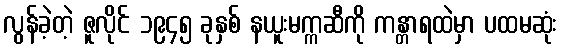
လွန်ခဲ့တဲ့ ဇူလိုင် ၁၉၄၅ ခုနှစ် နယူးမက္ကဆီကို ကန္တာရထဲမှာ ပထမဆုံး